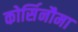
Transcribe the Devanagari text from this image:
कोर्सिनौमा